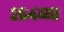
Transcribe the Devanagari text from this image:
२६४व्या